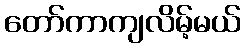
တော်ကာကျလိမ့်မယ်